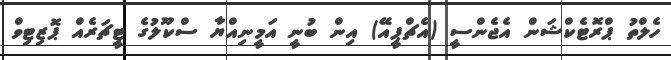
ހެލްތު ޕްރޮޓެކްޝަން އެޖެންސީ (އެޗްޕީއޭ) އިން ބުނީ އަމީނިއްޔާ ސްކޫލުގެ ޓީޗަރެއް ޕޮޒިޓިވް